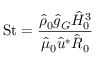
\mathrm { S t } = \frac { \hat { \rho } _ { 0 } \hat { g } _ { G } \hat { H } _ { 0 } ^ { 3 } } { \hat { \mu } _ { 0 } \hat { u } ^ { * } \hat { R } _ { 0 } }